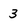
Character: 3